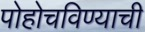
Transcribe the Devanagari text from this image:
पोहोचविण्याची